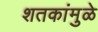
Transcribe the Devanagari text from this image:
शतकांमुळे